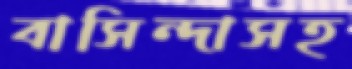
বাসিন্দাসহ